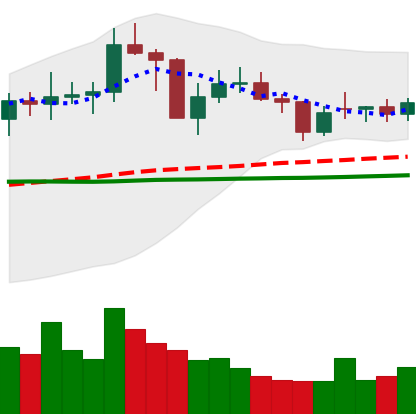
Ticker: NEO-USD
Chart end date: 2021-02-01
Forward return: 7.473%
Label: up_7plus